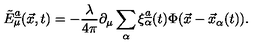
\tilde { E } _ { \mu } \sp { \underline { { a } } } ( \vec { x } , t ) = - { \frac { \lambda } { 4 \pi } } \partial _ { \mu } \sum _ { \alpha } \xi _ { \alpha } ^ { \underline { { a } } } ( t ) \Phi ( \vec { x } - \vec { x } _ { \alpha } ( t ) ) .